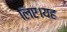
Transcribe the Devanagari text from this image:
लिए।यह